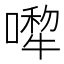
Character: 𠾆